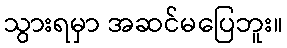
သွားရမှာ အဆင်မပြေဘူး။